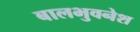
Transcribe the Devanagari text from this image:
बालभुवनेश